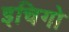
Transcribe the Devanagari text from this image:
इचिगो